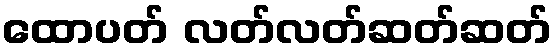
ထောပတ် လတ်လတ်ဆတ်ဆတ်